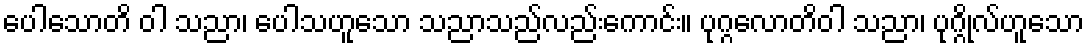
ပေါသောတိ ဝါ သညာ၊ ပေါသဟူသော သညာသည်လည်းကောင်း။ ပုဂ္ဂလောတိဝါ သညာ၊ ပုဂ္ဂိုလ်ဟူသော